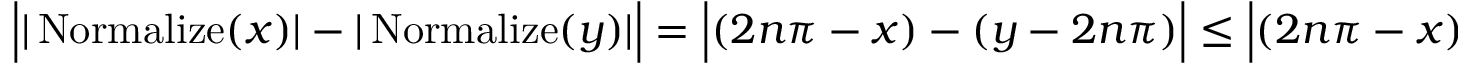
\begin{array} { r } { \Big | | \operatorname { N o r m a l i z e } ( x ) | - | \operatorname { N o r m a l i z e } ( y ) | \Big | = \Big | ( 2 n \pi - x ) - ( y - 2 n \pi ) \Big | \leq \Big | ( 2 n \pi - x ) + ( y - 2 n \pi ) \Big | = | x - y | . } \end{array}